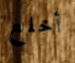
أخلع